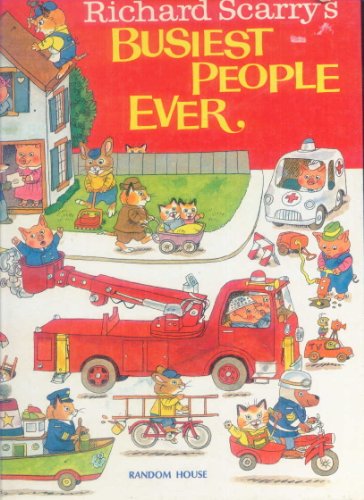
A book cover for Busiest People Ever; Richard Scarry; Business & Money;